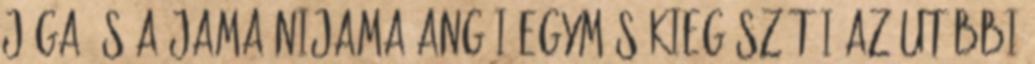
jóga és a jama-nijama angái egymás kiegészítői az utóbbi